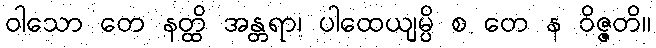
ဝါသော တေ နတ္ထိ အန္တရာ၊ ပါထေယျမ္ပိ စ တေ န ဝိဇ္ဇတိ။